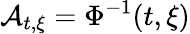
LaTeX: \mathcal{A}_{t,\xi}=\Phi^{-1}(t,\xi)